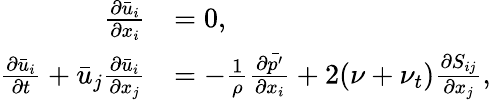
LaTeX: \begin{array}{rl}{\frac{\partial\bar{u}_{i}}{\partial x_{i}}}&{=0,}\\ {\frac{\partial\bar{u}_{i}}{\partial t}+\bar{u}_{j}\frac{\partial\bar{u}_{i}}{\partial x_{j}}}&{=-\frac{1}{\rho}\frac{\partial\bar{p^{\prime}}}{\partial x_{i}}+2(\nu+\nu_{t})\frac{\partial S_{ij}}{\partial x_{j}},}\end{array}